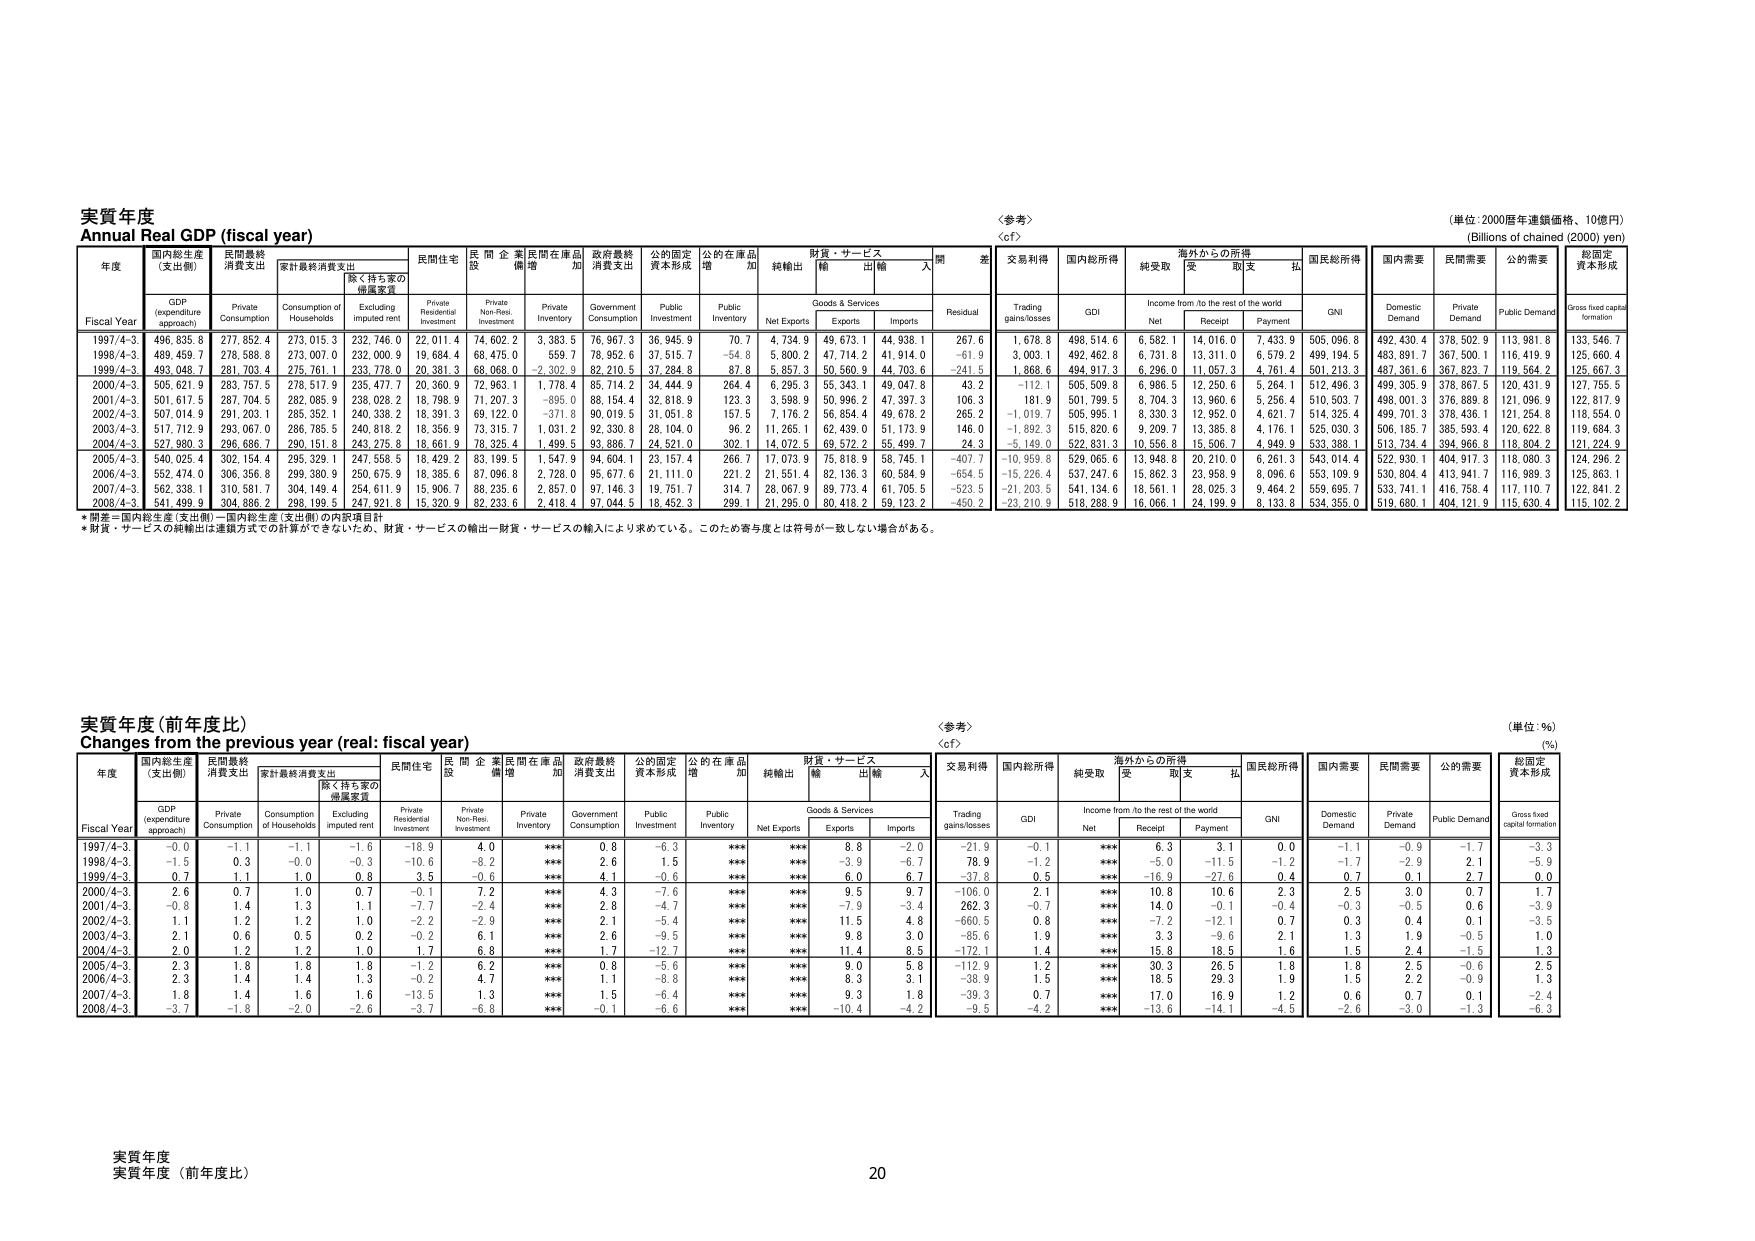
実質年度
Annual Real GDP (fiscal year)

〈参考〉
〈cf〉

（単位：2000暦年連鎖価格、10億円）
(Billions of chained (2000) yen)

年度
Fiscal Year
国内総生産
(支出側)
GDP
(expenditure approach)
民間最終消費支出
Private Consumption
家計最終消費支出
Consumption of Households
除く持ち家の
帰属家賃
Excluding imputed rent
民間住宅
Private Residential Investment
民間企業
設備投資
Private Non-Resi. Investment
民間在庫品
増加
Private Inventory
政府最終
消費支出
Government Consumption
公的固定
資本形成
Public Investment
公的在庫品
増加
Public Inventory
純輸出
Net Exports
財貨・サービス
Goods & Services
輸出
Exports
輸入
Imports
開差
Residual
交易利得
Trading gains/losses
国内総所得
GDI
海外からの所得
Income from /to the rest of the world
純受取
Net
受取
Receipt
支払
Payment
国民総所得
GNI
国内需要
Domestic Demand
民間需要
Private Demand
公的需要
Public Demand
総固定
資本形成
Gross fixed capital formation

1997/4-3
496,635.8
277,852.4
273,015.3
232,746.9
22,011.4
74,602.2
3,383.5
76,967.3
36,945.9
70.7
4,734.9
49,673.1
44,938.1
267.6
1,678.8
498,514.6
6,582.1
14,016.0
7,433.9
505,096.8
492,430.4
378,502.9
113,981.8
133,546.7

1998/4-3
489,459.7
278,588.8
273,007.0
232,000.9
19,684.4
68,475.0
559.7
78,952.6
37,515.7
-54.8
5,800.2
47,714.2
41,914.0
-61.9
3,003.1
492,462.8
6,731.8
13,311.0
6,579.2
499,194.5
483,891.7
367,500.1
116,419.9
125,660.4

1999/4-3
493,048.7
281,703.4
275,761.1
233,778.0
20,381.3
68,068.0
-2,302.9
82,210.5
37,284.8
87.8
5,857.3
50,560.9
44,703.6
-241.5
1,868.6
494,917.3
6,296.0
11,057.3
4,761.4
501,213.3
487,361.6
367,823.7
119,564.2
125,667.3

2000/4-3
505,621.9
283,757.5
278,517.9
235,477.7
20,360.9
72,963.1
1,778.4
85,714.2
34,444.9
264.4
6,295.3
55,343.1
49,047.8
43.2
-112.1
505,509.8
6,986.5
12,250.6
5,264.1
512,496.3
499,305.9
378,867.5
120,431.9
127,755.5

2001/4-3
501,617.5
287,704.5
282,085.9
238,028.2
18,798.9
71,207.3
-695.0
88,154.4
32,818.9
123.3
3,598.9
50,996.2
47,397.3
106.3
181.9
501,799.5
8,704.3
13,960.6
5,256.4
510,503.7
498,001.3
376,889.8
121,096.9
122,817.9

2002/4-3
507,014.9
291,203.1
285,352.1
240,338.2
18,391.3
69,122.0
-371.8
90,019.5
31,051.8
157.5
7,176.2
56,854.4
49,678.2
265.2
-1,019.7
505,995.1
8,330.3
12,952.0
4,621.7
514,325.4
499,701.3
378,436.1
121,254.8
118,554.0

2003/4-3
517,712.9
293,067.0
286,785.5
240,818.2
18,356.9
73,315.7
1,031.2
92,330.8
28,104.0
96.2
11,265.1
62,439.0
51,173.9
146.0
-1,892.3
515,820.6
9,209.7
13,385.8
4,176.1
525,030.3
506,185.7
385,593.4
120,622.8
119,684.3

2004/4-3
527,980.3
296,686.7
290,151.8
243,275.8
18,661.9
78,325.4
1,499.5
93,886.7
24,521.0
302.1
14,072.5
69,572.2
55,499.7
24.3
-5,149.0
522,831.3
10,556.8
15,506.7
4,949.9
533,388.1
513,734.4
394,966.8
118,804.2
121,224.9

2005/4-3
540,025.4
302,154.4
295,329.1
247,558.5
18,429.2
83,199.5
1,547.9
94,604.1
23,157.4
266.7
17,073.9
75,818.9
58,745.1
-407.7
-10,959.8
529,065.6
13,948.8
20,210.0
6,261.3
543,014.4
522,930.1
404,917.3
118,080.3
124,296.2

2006/4-3
552,474.0
306,356.8
299,380.9
250,675.9
18,385.6
87,096.8
2,728.0
95,677.6
21,111.0
221.2
21,651.4
82,136.3
60,584.9
-654.5
-15,226.4
537,247.6
15,862.3
23,958.9
8,096.6
553,109.9
530,804.4
413,941.7
116,989.3
125,863.1

2007/4-3
562,338.1
310,581.7
304,149.4
254,611.9
15,906.7
88,235.6
2,857.0
97,146.3
19,751.7
314.7
28,067.9
89,773.4
61,705.5
-523.5
-21,203.5
541,134.6
18,561.1
28,025.3
9,464.2
559,695.7
533,741.1
416,758.4
117,110.7
122,841.2

2008/4-3
541,499.9
304,886.2
298,199.5
247,921.8
15,320.9
82,233.6
2,418.4
97,044.5
18,452.3
299.1
21,295.0
80,418.2
59,123.2
-450.2
-23,210.9
518,288.9
16,066.1
24,199.9
8,133.8
534,355.0
519,680.1
404,121.9
115,630.4
115,102.2

*開差＝国内総生産（支出側）－国内総生産（支出側）の内訳項目計
*財貨・サービスの純輸出は連鎖方式での計算ができないため、財貨・サービスの輸出－財貨・サービスの輸入により求めている。このため寄与度とは符号が一致しない場合がある。

実質年度（前年度比）
Changes from the previous year (real: fiscal year)

〈参考〉
〈cf〉

（単位：％）
(%)

年度
Fiscal Year
国内総生産
(支出側)
GDP
(expenditure approach)
民間最終
消費支出
Private Consumption
家計最終消費支出
Consumption of Households
除く持ち家の
帰属家賃
Excluding imputed rent
民間住宅
Private Residential Investment
民間企業
設備投資
Private Non-Resi. Investment
民間在庫品
増加
Private Inventory
政府最終
消費支出
Government Consumption
公的固定
資本形成
Public Investment
公的在庫品
増加
Public Inventory
純輸出
Net Exports
財貨・サービス
Goods & Services
輸出
Exports
輸入
Imports
開差
Residual
交易利得
Trading gains/losses
国内総所得
GDI
海外からの所得
Income from /to the rest of the world
純受取
Net
受取
Receipt
支払
Payment
国民総所得
GNI
国内需要
Domestic Demand
民間需要
Private Demand
公的需要
Public Demand
総固定
資本形成
Gross fixed capital formation

1997/4-3
-0.0
-1.1
-1.1
-1.6
-18.9
4.0
***
0.8
-6.3
***
***
8.8
-2.0
-21.9
-0.1
***
6.3
3.1
0.0
-1.1
-0.9
-1.7
-3.3

1998/4-3
-1.5
0.3
-0.0
-0.3
-10.6
-8.2
***
2.6
1.5
***
***
-3.9
-6.7
78.9
-1.2
***
-5.0
-11.5
-1.2
-1.7
-2.9
2.1
-5.9

1999/4-3
0.7
1.1
1.0
0.8
3.5
-0.6
***
4.1
-0.6
***
***
6.0
6.7
-37.8
0.5
***
-16.9
-27.6
0.4
0.7
0.1
2.7
0.0

2000/4-3
2.6
0.7
1.0
0.7
-0.1
7.2
***
4.3
-7.6
***
***
9.5
9.7
-106.0
2.1
***
10.8
10.6
2.3
2.6
3.0
0.7
1.7

2001/4-3
-0.8
1.4
1.3
1.1
-7.7
-2.4
***
2.8
-4.7
***
***
-7.9
-3.4
262.3
-0.7
***
14.0
-0.1
-0.4
-0.3
-0.5
0.6
-3.9

2002/4-3
1.1
1.2
1.2
1.0
-2.2
-2.9
***
2.1
-5.4
***
***
11.5
4.8
-660.5
0.8
***
-7.2
-12.1
0.7
0.3
0.4
0.1
-3.5

2003/4-3
2.1
0.6
0.5
0.2
-0.2
6.1
***
2.6
-9.5
***
***
9.8
3.0
-85.6
1.9
***
3.3
-9.6
2.1
1.3
1.9
-0.5
1.0

2004/4-3
2.0
1.2
1.2
1.0
1.7
6.8
***
1.7
-12.7
***
***
11.4
8.5
-172.1
1.4
***
15.8
18.5
1.6
1.5
2.4
-1.5
1.3

2005/4-3
2.3
1.8
1.8
1.8
-1.2
6.2
***
0.8
-5.6
***
***
9.0
5.8
-112.9
1.2
***
30.3
26.5
1.8
1.8
2.5
-0.6
2.5

2006/4-3
2.3
1.4
1.4
1.3
-0.2
4.7
***
1.1
-8.8
***
***
8.3
3.1
-38.9
1.5
***
18.5
29.3
1.9
1.5
2.2
-0.9
1.3

2007/4-3
1.8
1.4
1.6
1.6
-13.5
1.3
***
1.5
-6.4
***
***
9.3
1.8
-39.3
0.7
***
17.0
16.9
1.2
0.6
0.7
0.1
-2.4

2008/4-3
-3.7
-1.8
-2.0
-2.6
-3.7
-6.8
***
-0.1
-6.6
***
***
-10.4
-4.2
-9.5
-4.2
***
-13.6
-14.1
-4.5
-2.6
-3.0
-1.3
-6.3

実質年度
実質年度（前年度比）
20